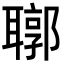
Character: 𦗒